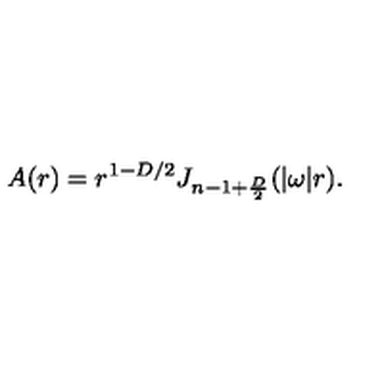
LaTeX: A ( r ) = r ^ { 1 - D / 2 } J _ { n - 1 + { \frac { D } { 2 } } } ( | \omega | r ) .